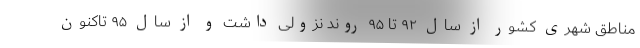
مناطق شهری کشور از سال ۹۲ تا ۹۵ روند نزولی داشت و از سال ۹۵ تاکنون